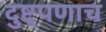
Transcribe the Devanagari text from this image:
दुष्ट्पणाच